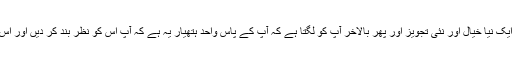
آپ کی کوششیں بے ثمر و بے ثود رہتی ہیں اور پھر ایک نیا خیال اور نئی تجویز اور پھر بالآخر آپ کو لگتا ہے کہ آپ کے پاس واحد ہتھیار یہ ہے کہ آپ اُس کو نظر بند کر دیں اور اُس پر پابندیاں عائد کر دیں اور وہ بھی سخت سے سخت۔